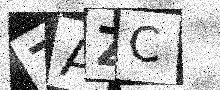
Text: 7AZC